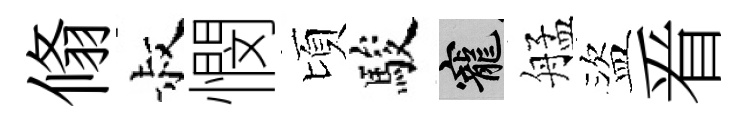
翛叔憫頃駿寵艋盜㸔